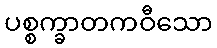
ပစ္စက္ခာတကဝီသော